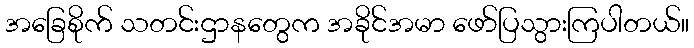
အခြေစိုက် သတင်းဌာနတွေက အခိုင်အမာ ဖော်ပြသွားကြပါတယ်။